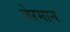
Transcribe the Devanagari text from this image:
लेरमान